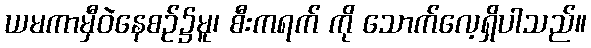
ယမကာမှီဝဲနေစဉ်၌မူ၊ စီးကရက် ကို သောက်လေ့ရှိပါသည်။